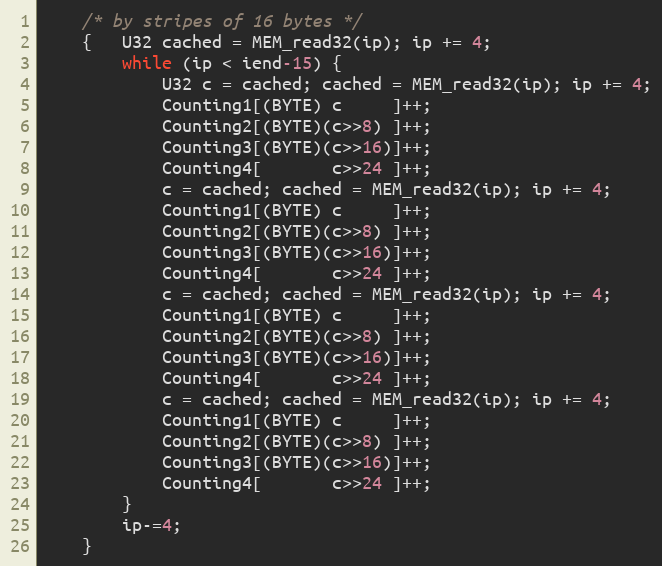
Language: C
    /* by stripes of 16 bytes */
    {   U32 cached = MEM_read32(ip); ip += 4;
        while (ip < iend-15) {
            U32 c = cached; cached = MEM_read32(ip); ip += 4;
            Counting1[(BYTE) c     ]++;
            Counting2[(BYTE)(c>>8) ]++;
            Counting3[(BYTE)(c>>16)]++;
            Counting4[       c>>24 ]++;
            c = cached; cached = MEM_read32(ip); ip += 4;
            Counting1[(BYTE) c     ]++;
            Counting2[(BYTE)(c>>8) ]++;
            Counting3[(BYTE)(c>>16)]++;
            Counting4[       c>>24 ]++;
            c = cached; cached = MEM_read32(ip); ip += 4;
            Counting1[(BYTE) c     ]++;
            Counting2[(BYTE)(c>>8) ]++;
            Counting3[(BYTE)(c>>16)]++;
            Counting4[       c>>24 ]++;
            c = cached; cached = MEM_read32(ip); ip += 4;
            Counting1[(BYTE) c     ]++;
            Counting2[(BYTE)(c>>8) ]++;
            Counting3[(BYTE)(c>>16)]++;
            Counting4[       c>>24 ]++;
        }
        ip-=4;
    }